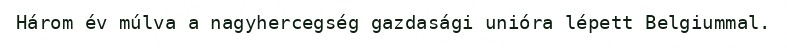
Három év múlva a nagyhercegség gazdasági unióra lépett Belgiummal.